Insane asylums in Bengal annual reports 1876-1887 - 1876-1887
Year: 1876
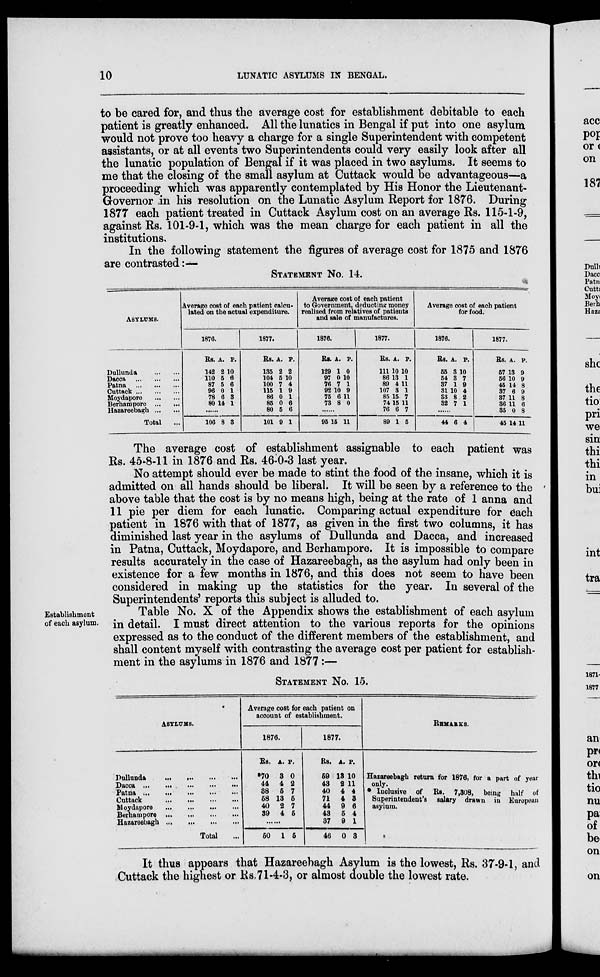
10
LUNATIC ASYLUMS IN BENGAL.
to be cared for, and thus the average cost for establishment debitable to each
patient is greatly enhanced. All the lunatics in Bengal if put into one asylum
would not prove too heavy a charge for a single Superintendent with competent
assistants, or at all events two Superintendents could very easily look after all
the lunatic population of Bengal if it was placed in two asylums. It seems to
me that the closing of the small asylum at Cuttack would be advantageous—a
proceeding which was apparently contemplated by His Honor the Lieutenant-
Governor in his resolution on the Lunatic Asylum Report for 1876. During
1877 each patient treated in Cuttack Asylum cost on an average Rs. 115-1-9,
against Rs. 101-9-1, which was the mean charge for each patient in all the
institutions.
In the following statement the figures of average cost for 1875 and 1876
are contrasted:—
STATEMENT No. 14.
ASYLUMS.
Dullunda
...
...
Dacca
...
...
...
Patna
...
...
...
Cuttack ... ... ...
Moydapore
...
...
Berhampore ... ...
Hazareebagh ... ...
Total ...
Average cost of each patient calcu-
lated on the actual expenditure.
1876.
Rs.
142
110
87
96
78
80
A.
2
5
5
0
6
14
P.
10
6
6
1
3
1
......
106 8 3
1877.
Rs.
135
104
100
115
86
85
80
101
A.
2
5
7
1
0
0
5
9
P.
2
10
4
9
1
6
6
1
Average cost of each patient
to Government, deducting money
realized from relatives of patients
and sale of manufactures.
1876.
Rs.
129
97
76
92
75
73
A.
1
0
7
10
6
8
P.
0
10
1
9
11
0
......
95 15 11
1877.
Rs.
111
86
89
107
85
74
76
89
A.
10
13
4
3
15
15
6
1
P.
10
1
11
1
7
11
7
5
Average cost of each patient
for food.
1876.
Rs.
55
54
37
31
33
32
A.
3
3
1
10
8
7
P.
10
7
9
4
2
1
......
44 6 4
1877.
Rs.
57
56
45
37
37
36
35
45
A.
13
10
14
6
11
11
0
14
P.
9
9
8
9
8
6
8
11
The average cost of establishment assignable to each patient was
Rs. 45-8-11 in 1876 and Rs. 46-0-3 last year.
No attempt should ever be made to stint the food of the insane, which it is
admitted on all hands should be liberal. It will be seen by a reference to the
above table that the cost is by no means high, being at the rate of 1 anna and
11 pie per diem for each lunatic. Comparing actual expenditure for each
patient in 1876 with that of 1877, as given in the first two columns, it has
diminished last year in the asylums of Dullunda and Dacca, and increased
in Patna, Cuttack, Moydapore, and Berhampore. It is impossible to compare
results accurately in the case of Hazareebagh, as the asylum had only been in
existence for a few months in 1876, and this does not seem to have been
considered in making up the statistics for the year. In several of the
Superintendents' reports this subject is alluded to.
Establishment
of each asylum.
Table No. X of the Appendix shows the establishment of each asylum
in detail. I must direct attention to the various reports for the opinions
expressed as to the conduct of the different members of the establishment, and
shall content myself with contrasting the average cost per patient for establish-
ment in the asylums in 1876 and 1877 :—
STATEMENT No. 15.
ASYLUMS.
Dullunda
... ... ... ...
Dacca
...
...
...
...
...
Patna ...
... ... ... ...
Cuttack ... ... ... ...
Moydapore ... ... ... ...
Berhampore ... ... ... ...
Hazareebagh ... ... ... ...
Total ...
Average cost for each patient on
account of establishment.
1876.
Rs.
*70
44
38
58
40
39
A.
3
4
5
13
2
4
P.
0
2
7
5
7
5
......
50 1 5
1877.
Rs.
59
43
40
71
44
43
37
46
A.
13
2
4
4
9
5
9
0
P.
10 11
4
3
6
4
1
3
REMARKS.
Hazareebagh return for 1876, for a part of year
only.
* Inclusive of Rs. 7,308, being half of
Superintendent's salary drawn in European
asylum.
It thus appears that Hazareebagh Asylum is the lowest, Rs. 37-9-1, and
Cuttack the highest or Rs.71-4-3, or almost double the lowest rate.